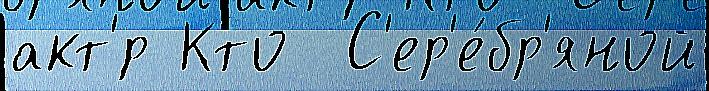
акт'́р Кто  С'ер'е́бр'яной